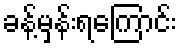
ခန့်မှန်းရကြောင်း